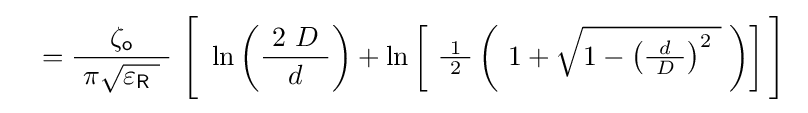
\quad ={\frac {\zeta _{\mathsf {o}}}{\ \pi {\sqrt {\varepsilon _{\mathsf {R}}\ }}\ }}\ {\Biggl [}\ \ln \left({\frac {\ 2\ D\ }{d}}\right)+\ln \left[\ {\tfrac {\ 1\ }{2}}\left(\ 1+{\sqrt {1-\left({\tfrac {d}{\ D\ }}\right)^{2}~}}\;\right)\right]{\Biggr ]}\